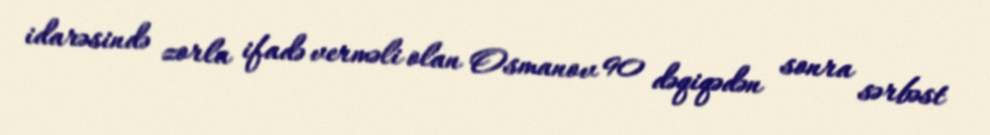
idarəsində zorla ifadə verməli olan Osmanov 90 dəqiqədən sonra sərbəst